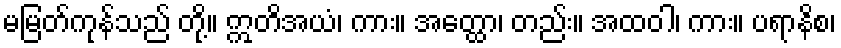
မမြတ်ကုန်သည် တို့။ ဣတိအယံ၊ ကား။ အတ္ထော၊ တည်း။ အထဝါ၊ ကား။ ပရာနိစ၊